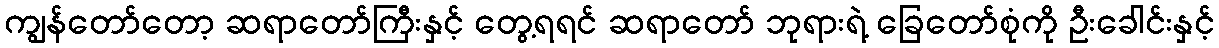
ကျွန်တော်တော့ ဆရာတော်ကြီးနှင့် တွေ့ရရင် ဆရာတော် ဘုရားရဲ့ ခြေတော်စုံကို ဦးခေါင်းနှင့်